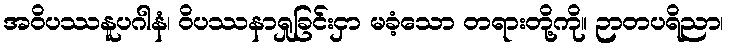
အဝိပဿနူပဂါနံ၊ ဝိပဿနာရှုခြင်းငှာ မခံ့သော တရားတို့ကို။ ဉာတပရိညာ၊